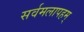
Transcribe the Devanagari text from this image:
सर्वमलापहम्